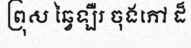
ព្រុស ឆ្វៃឡឺរ ចុងភៅ ដ៏